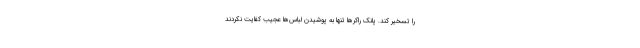
را تسخیر کند. پانک راکرها تنها به پوشیدن لباس‌ها عجیب کفایت نکردند